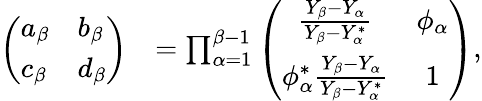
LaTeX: \begin{array}{rl}{\left(\begin{array}{ll}{a_{\beta}}&{b_{\beta}}\\ {c_{\beta}}&{d_{\beta}}\end{array}\right)}&{=\prod_{\alpha=1}^{\beta-1}\left(\begin{array}{cc}{\frac{Y_{\beta}-Y_{\alpha}}{Y_{\beta}-Y_{\alpha}^{*}}}&{\phi_{\alpha}}\\ {\phi_{\alpha}^{*}\frac{Y_{\beta}-Y_{\alpha}}{Y_{\beta}-Y_{\alpha}^{*}}}&{1}\end{array}\right),}\end{array}